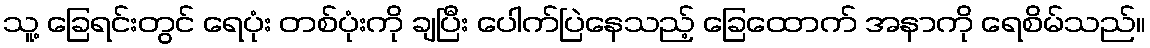
သူ့ ခြေရင်းတွင် ရေပုံး တစ်ပုံးကို ချပြီး ပေါက်ပြဲနေသည့် ခြေထောက် အနာကို ရေစိမ်သည်။